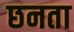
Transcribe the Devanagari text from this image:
छनता